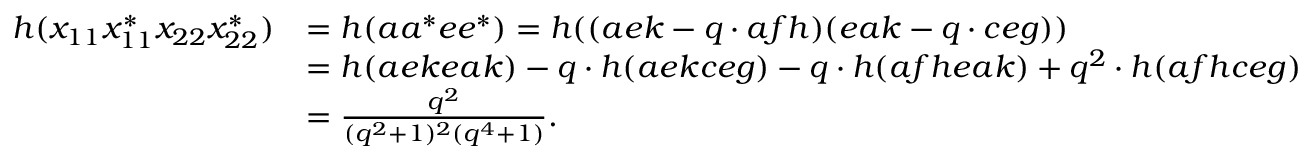
\begin{array} { r l } { h ( x _ { 1 1 } x _ { 1 1 } ^ { * } x _ { 2 2 } x _ { 2 2 } ^ { * } ) } & { = h ( a a ^ { * } e e ^ { * } ) = h ( ( a e k - q \cdot a f h ) ( e a k - q \cdot c e g ) ) } \\ & { = h ( a e k e a k ) - q \cdot h ( a e k c e g ) - q \cdot h ( a f h e a k ) + q ^ { 2 } \cdot h ( a f h c e g ) } \\ & { = \frac { q ^ { 2 } } { ( q ^ { 2 } + 1 ) ^ { 2 } ( q ^ { 4 } + 1 ) } . } \end{array}